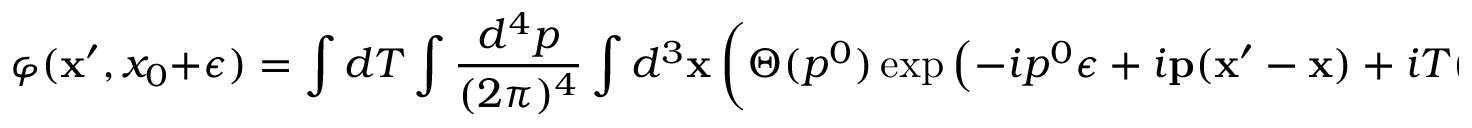
\varphi ( { \bf x } ^ { \prime } , x _ { 0 } + \epsilon ) = \int d T \int \frac { d ^ { 4 } p } { ( 2 \pi ) ^ { 4 } } \int d ^ { 3 } { \bf x } \left( \Theta ( p ^ { 0 } ) \exp \left( - i p ^ { 0 } \epsilon + i { \bf p } ( { \bf x } ^ { \prime } - { \bf x } ) + i T ( p ^ { 2 } - m ^ { 2 } ) \right) P ( \stackrel { \leftarrow } { \partial _ { 0 } } , \stackrel { \leftarrow } { \partial _ { k } } , \stackrel { \rightarrow } { \partial _ { 0 } } , \stackrel { \rightarrow } { \partial _ { k } } ) \varphi ( { \bf x } , x _ { 0 } ) \right) ,